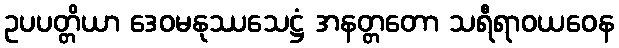
ဥပပတ္တိယာ ဒေဝမနုဿသေဋ္ဌံ အနတ္တတော သရီရာဝယဝေန